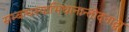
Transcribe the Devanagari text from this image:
सम्बन्धस्याभिधानान्तोदनाद्वा